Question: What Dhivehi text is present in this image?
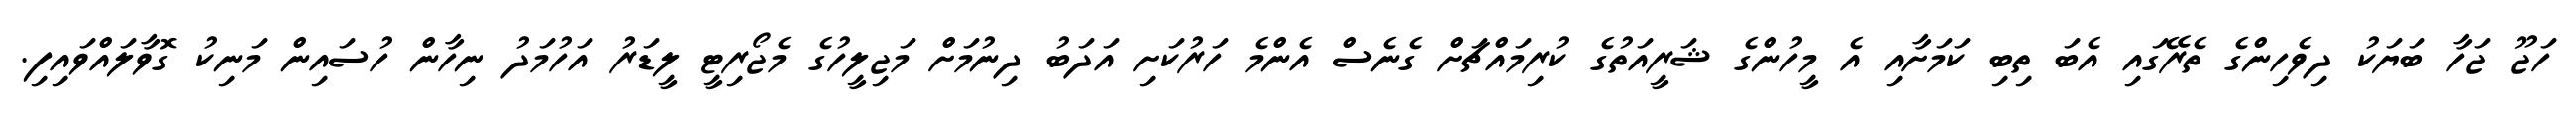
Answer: ހަޖޫ ޖަހާ ބަޔަކު ދިވެހިންގެ ތެރޭގައި އެބަ ތިބި ކަމަށާއި އެ މީހުންގެ ޝަރީއަތުގެ ކުރިމައްޗަށް ގެނެސް އެންމެ ހަރުކަށި އަދަބު ދިނުމަށް މަޖިލީހުގެ މެޖޯރިޓީ ލީޑަރު އަހުމަދު ނިހާން ހުސައިން މަނިކު ގޮވާލައްވައިފި.